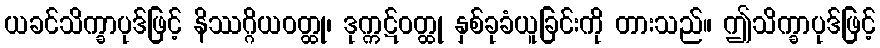
ယခင်သိက္ခာပုဒ်ဖြင့် နိဿဂ္ဂိယဝတ္ထု၊ ဒုက္ကဋ်ဝတ္ထု နှစ်ခုခံယူခြင်းကို တားသည်။ ဤသိက္ခာပုဒ်ဖြင့်